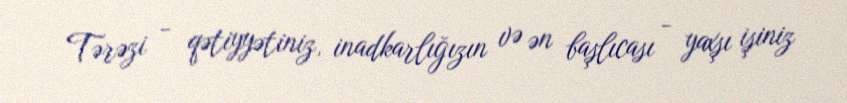
Tərəzi - qətiyyətiniz, inadkarlığızın və ən başlıcası - yaxşı işiniz